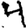
Digit: 4